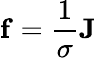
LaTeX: \mathbf{f}={\frac{1}{\sigma}}\mathbf{J}